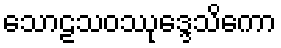
သောဠသဝဿုဒ္ဒေသိကော